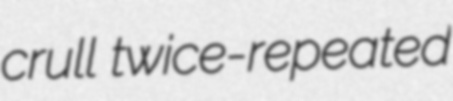
crull twice-repeated